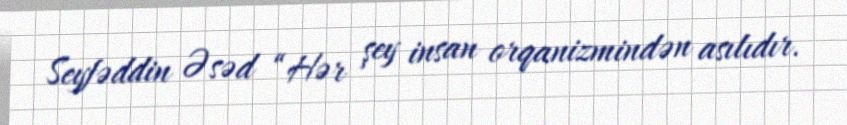
Seyfəddin Əsəd “Hər şey insan orqanizmindən asılıdır.